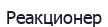
Реакционер